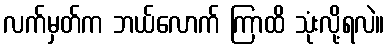
လက်မှတ်က ဘယ်လောက် ကြာထိ သုံးလို့ရလဲ။